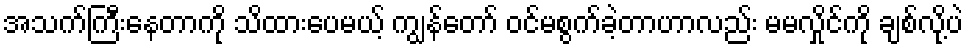
အသက်ကြီးနေတာကို သိထားပေမယ့် ကျွန်တော် ဝင်မစွက်ခဲ့တာဟာလည်း မမလှိုင်ကို ချစ်လို့ပဲ